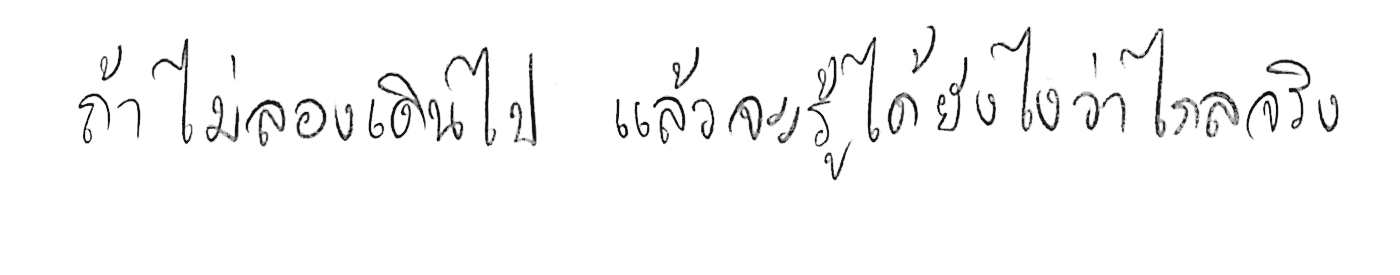
ถ้าไม่ลองเดินไป แล้วจะรู้ได้ยังไงว่าไกลจริง